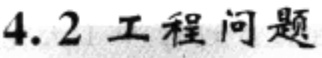
4.2 工程问题